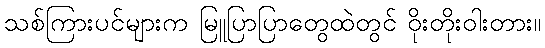
သစ်ကြားပင်များက မြူပြာပြာတွေထဲတွင် ဝိုးတိုးဝါးတား။